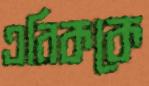
এরিককে